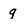
Character: g